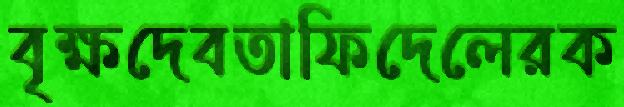
বৃক্ষদেবতাফিদেলেরক